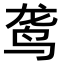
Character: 𫛟